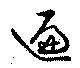
遍